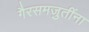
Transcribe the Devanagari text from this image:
गैरसमजुतींना